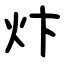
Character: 炞